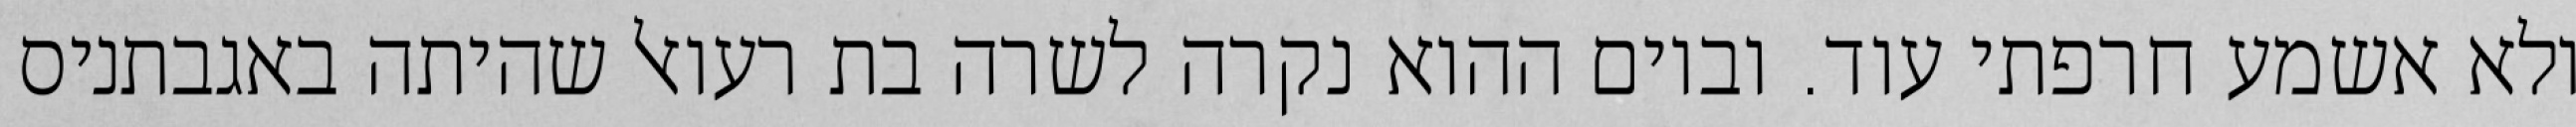
ולא אשמע חרפתי עוד. וביום ההוא נקרה לשרה בת רעואל שהיתה באגבתניס